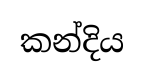
කන්දිය